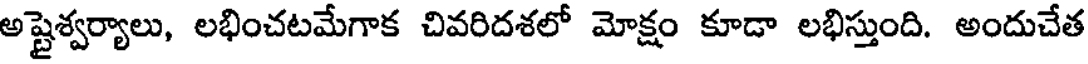
అష్టైశ్వర్యాలు, లభించటమేగాక చివరిదశలో మోక్షం కూడా లభిస్తుంది. అందుచేత